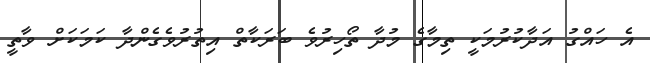
އެ ހައްގު އަދާކުރުމަކީ ތިމާގެ މުދާ ތޯހިރުވެ ބަރަކާތް އިތުރުވެގެންދާ ކަމަކަށް ވާތީ